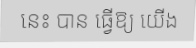
នេះ បាន ធ្វើឱ្យ យើង